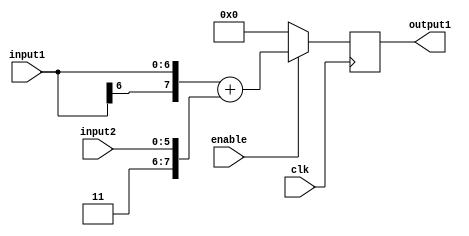
/*
	Author: Aniket Badhan
	Description: Addition stage 4
*/

`timescale 1ns / 1ps

module adderStage4(
    	input [6:0] input1,
    	input [5:0] input2,
    	output reg [7:0] output1,
	input enable,
    	input clk
    );

	always @ (posedge clk) begin
		if(enable) begin
			output1 <= {input1[6], input1} + {2'b11, input2};	
		end
		else begin
			output1 <= 0;	
		end
	end

endmodule